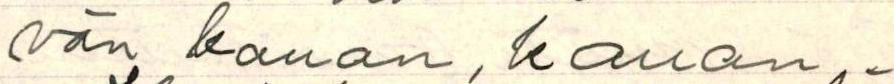
vän kauan, kauan.